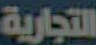
التجارية